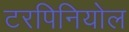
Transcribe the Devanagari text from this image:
टरपिनियोल